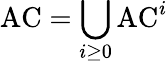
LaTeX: {\mathrm{AC}}=\bigcup_{i\geq 0}{\mathrm{AC}}^{i}